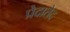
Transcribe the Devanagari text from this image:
प्रेदातेद